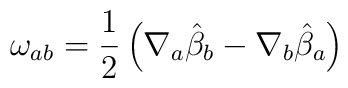
\omega_{ab} = \frac{1}{2}\left ( \nabla_{a}{\hat \beta_{b}} -\nabla_{b}{\hat \beta_{a}} \right )